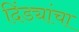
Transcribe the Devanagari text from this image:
दिंड्यांचा